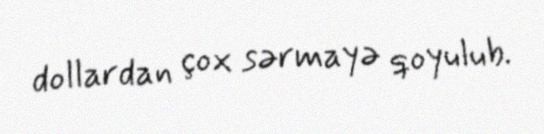
dollardan çox sərmayə qoyulub.